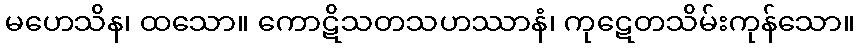
မဟေသိန၊ ထသော။ ကောဋိသတသဟဿာနံ၊ ကုဋေတသိမ်းကုန်သော။